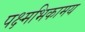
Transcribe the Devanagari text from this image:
पक्ष्मभिकामय